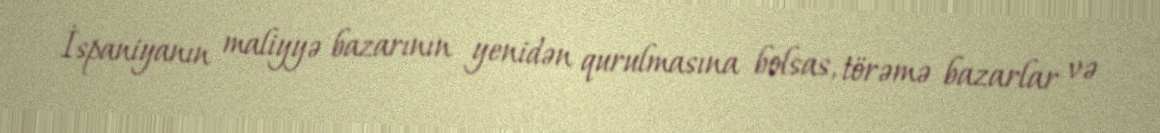
İspaniyanın maliyyə bazarının yenidən qurulmasına bolsas, törəmə bazarlar və